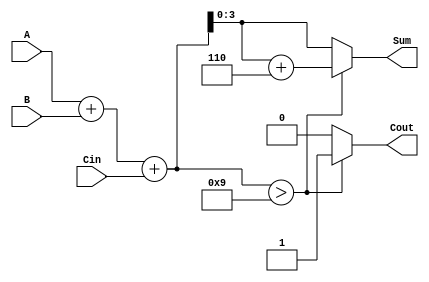
module BCD_Asynchronous_Adder (
    input [3:0] A,      // First BCD digit
    input [3:0] B,      // Second BCD digit
    input Cin,          // Carry input
    output reg [3:0] Sum, // BCD sum output
    output reg Cout      // Carry output
);

    // Intermediate signals
    wire [4:0] binary_sum; // 5-bit sum to accommodate carry
    wire correction_needed; // Signal to indicate if correction is needed

    // Step 1: Perform binary addition
    assign binary_sum = A + B + Cin;

    // Step 2: Determine if correction is needed
    assign correction_needed = (binary_sum > 5'd9);

    // Step 3: BCD correction and output assignment
    always @(*) begin
        if (correction_needed) begin
            Sum = binary_sum + 5'd6; // Add 6 for BCD correction
            Cout = 1; // Set carry out
        end else begin
            Sum = binary_sum[3:0]; // Use lower 4 bits as sum
            Cout = 0; // No carry out
        end
    end

endmodule